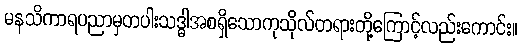
မနသိကာရပညာမှတပါးသဒ္ဓါအစရှိသောကုသိုလ်တရားတို့ကြောင့်လည်းကောင်း။